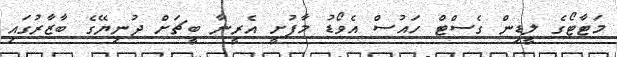
މަޓާޓޯގެ ލީޑިން ގެސްޓް ހައުސް އެވޯޑު މާފުށީ އެރީނާ ބީޗަށް ދުނިޔޭގެ ބާޒާރުގައި